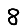
Digit: 8